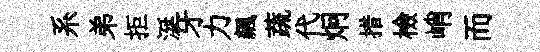
系弟拒涎牙力飆蔬代炯措檢峭而